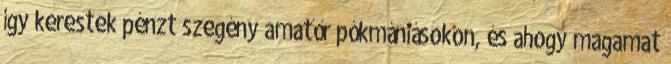
így kerestek pénzt szegény amatőr pókmániásokon, és ahogy magamat